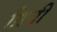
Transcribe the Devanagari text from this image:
ग्रिनी